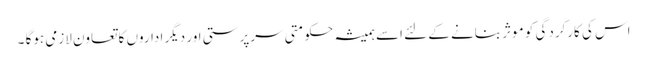
اس کی کارکردگی کو موثر بنانے کے لئے اسے ہمیشہ حکومتی سرپرستی اور دیگر اداروں کا تعاون لازمی ہوگا ۔